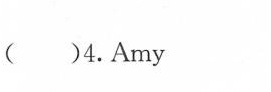
( )4.Amy